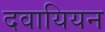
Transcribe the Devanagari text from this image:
दवायियन